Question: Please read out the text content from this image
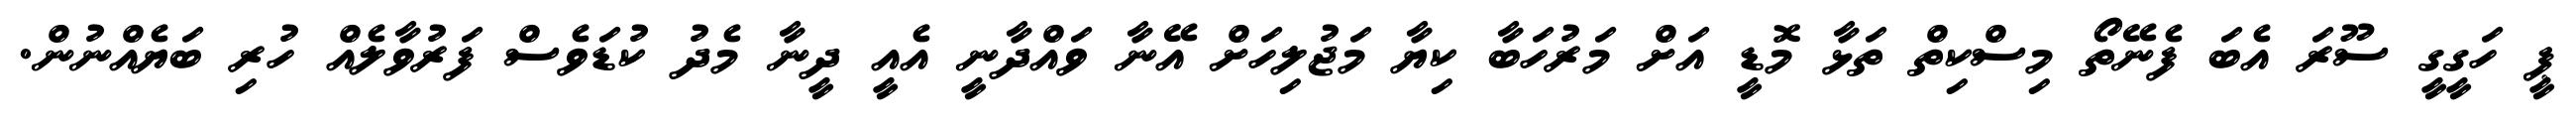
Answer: ޕީ ހަގީގީ ސޫރަ އެބަ ފެނޭތޯ މިސްކިތް ތަޅާ މޮޑީ އަށް މަރުހަބާ ކިޔާ މަޖުލިހަށް އޭނާ ވައްދާނީ އެއީ ދީނާ މެދު ކުޑަވެސް ފަރުވާލެއް ހުރި ބަޔެއްނުން.